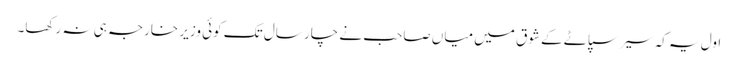
اول یہ کہ سیر سپاٹے کے شوق میں میاں صاحب نے چار سال تک کوئی وزیر خارجہ ہی نہ رکھا۔